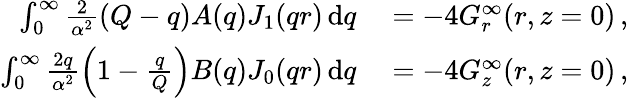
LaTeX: \begin{array}{rl}{\int_{0}^{\infty}\frac{2}{\alpha^{2}}\left(Q-q\right)A(q)J_{1}(qr)\, \mathrm{d}q}&{{}=-4G_{r}^{\infty}(r,z=0)\, ,}\\ {\int_{0}^{\infty}\frac{2q}{\alpha^{2}}\left(1-\frac{q}{Q}\right)B(q)J_{0}(qr)\, \mathrm{d}q}&{{}=-4G_{z}^{\infty}(r,z=0)\, ,}\end{array}